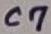
Text: C7